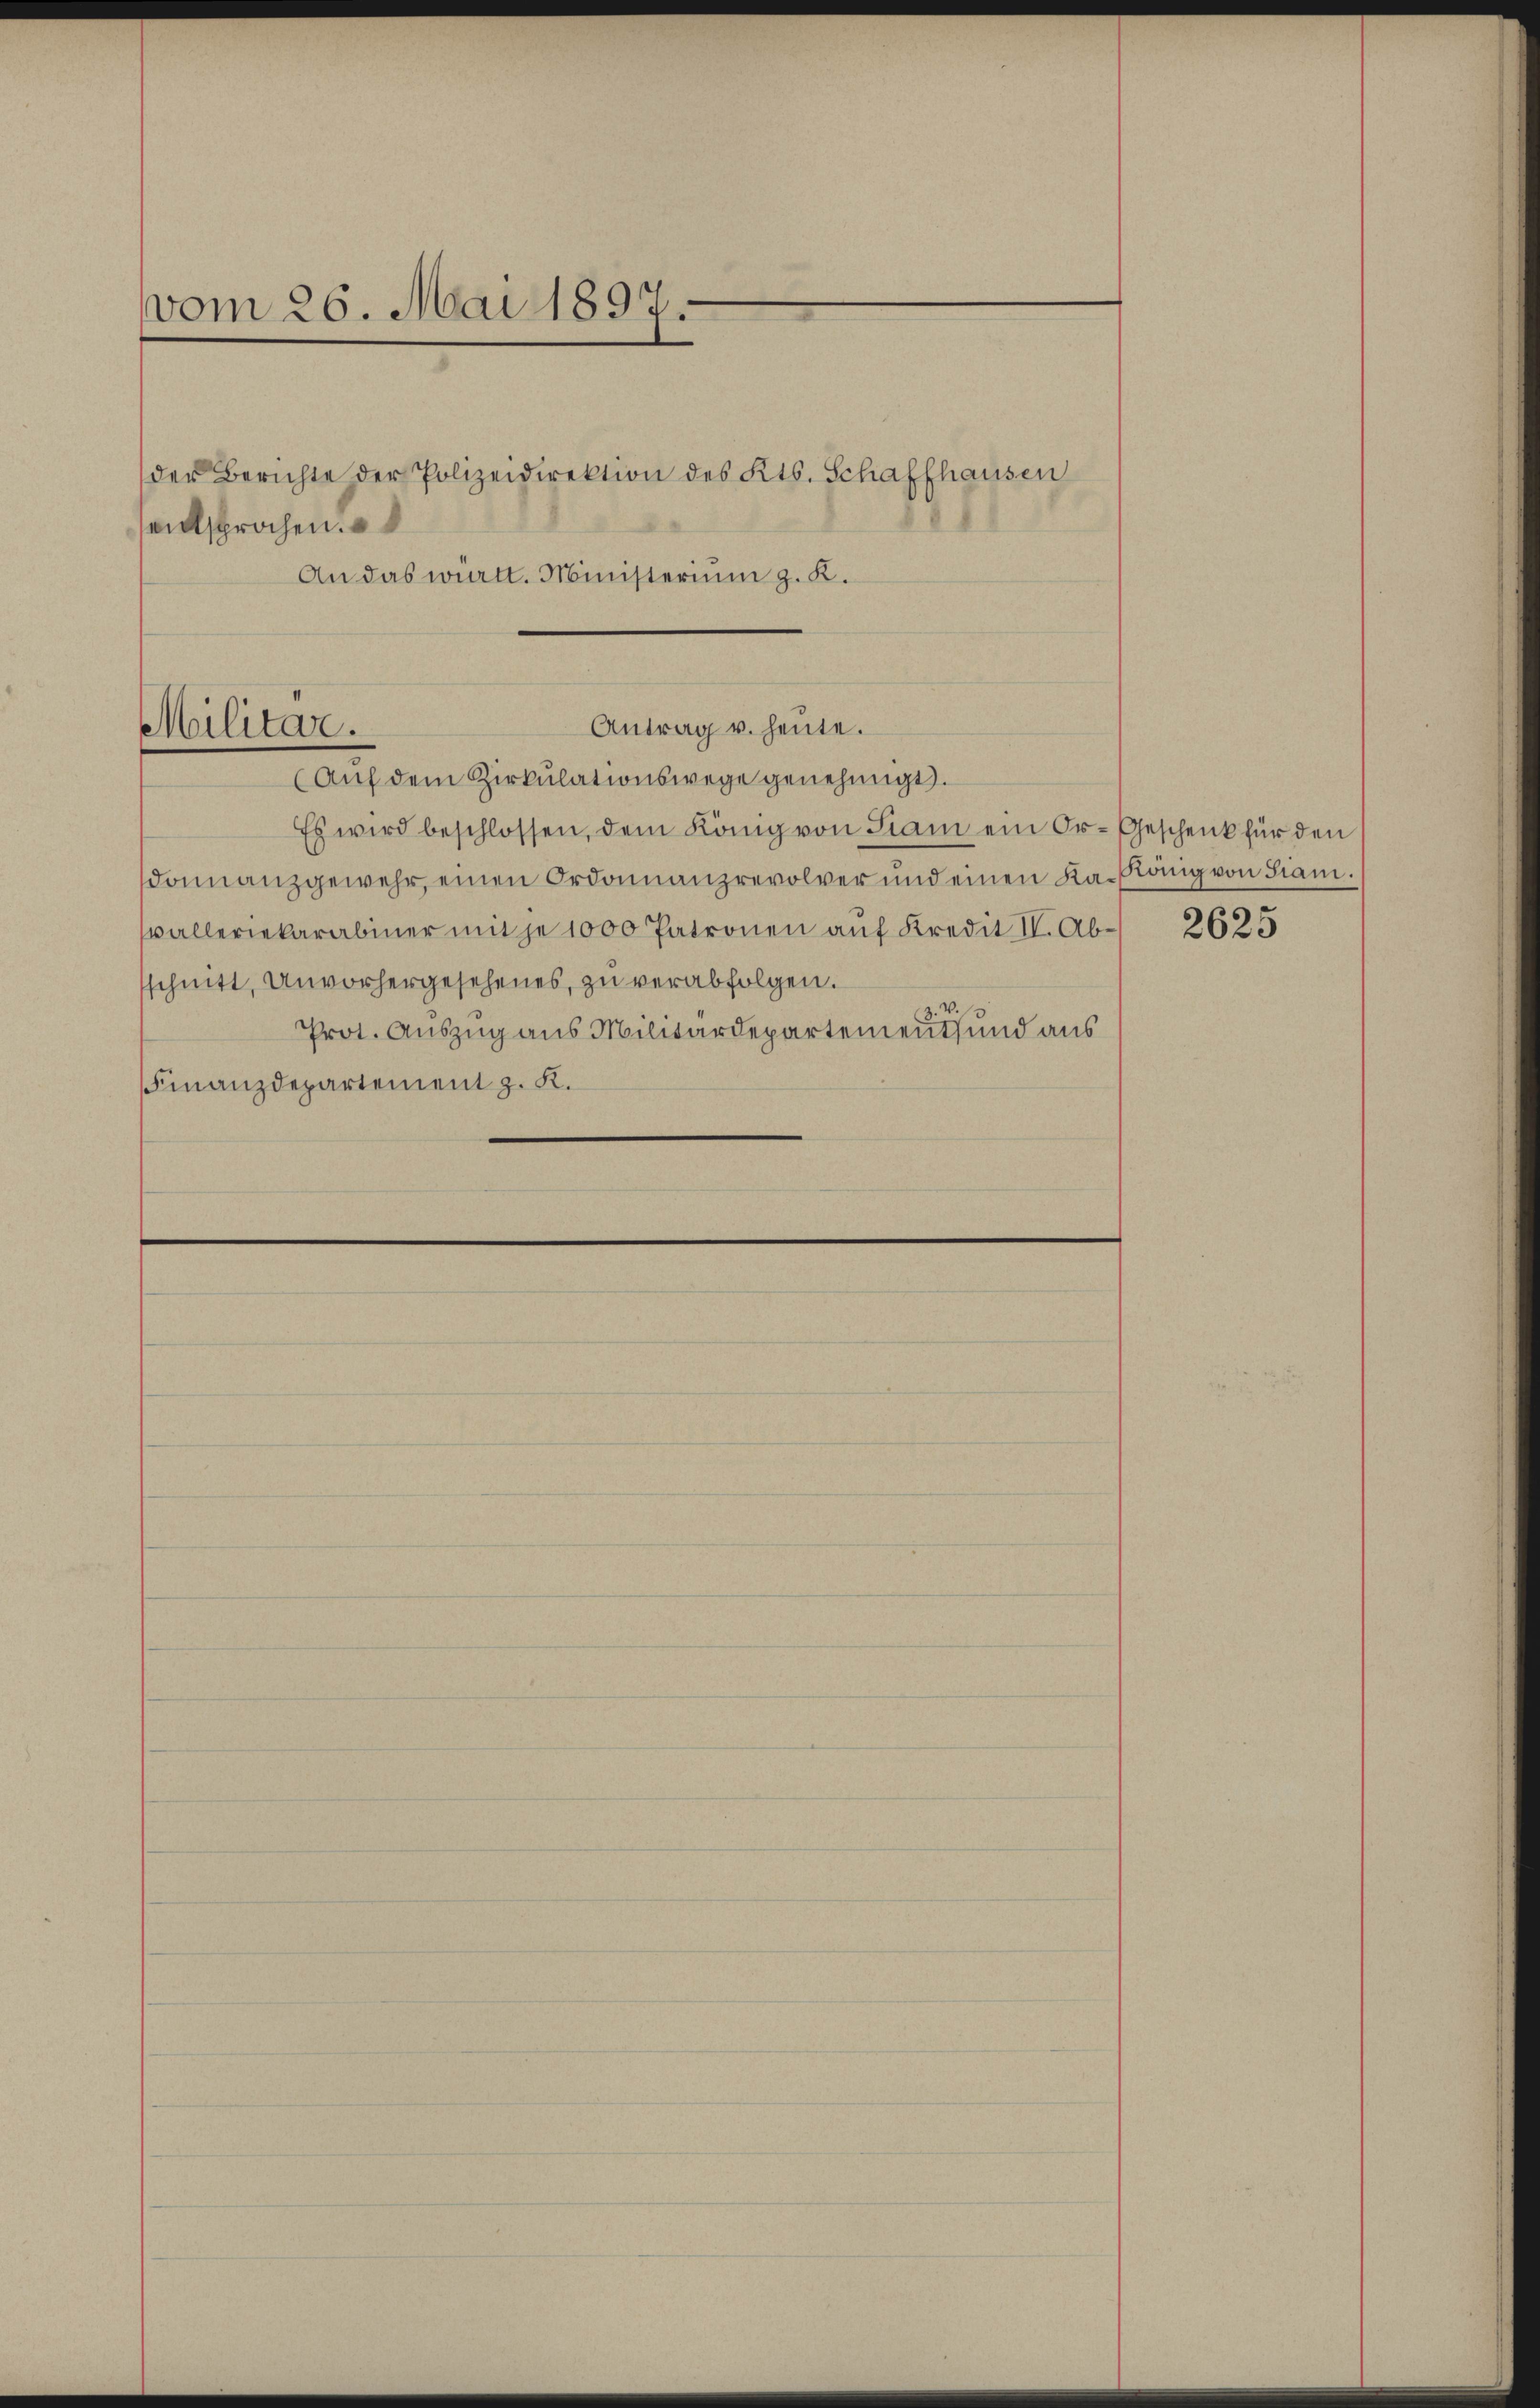
vom 26. Mai 1897.

der Berichte der Polizeidirektion des Kts. Schaffhausen
entsprochen.
An das württ. Ministerium g. K.

Militar.

(Aŭf dem Zirkŭlationswege genehmigt.
Es wird beschlossen, dem König von Siam ein Or-Geschenk für den
domanzgewehr, einen Ordonnanzrevolver und einen Ka-König von Liam.
walleriekarabiner mit je 1000 Patronen auf Kredit II. Absschnitt, Unvorhergesehenes, zu verabfolgen.
Prot. Auszug aus Militärdepartement und aus
Finanzdepartement z. K.

Antrag u. heute.

2625